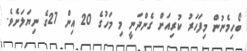
ބޯހިމެނުން މިފަހަރު ކުރިއަށް ގެންދަނީ މި މަހުގެ 20 އިން 27ގެ ނިޔަލަށެވެ.